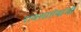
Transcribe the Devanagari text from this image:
रावसाहेबांचीं